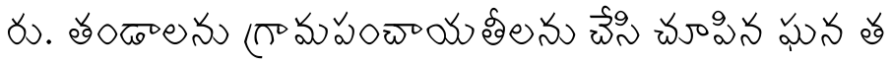
రు. తండాలను గ్రామపంచాయతీలను చేసి చూపిన ఘన త